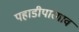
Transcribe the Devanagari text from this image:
पहाडीपारगाव